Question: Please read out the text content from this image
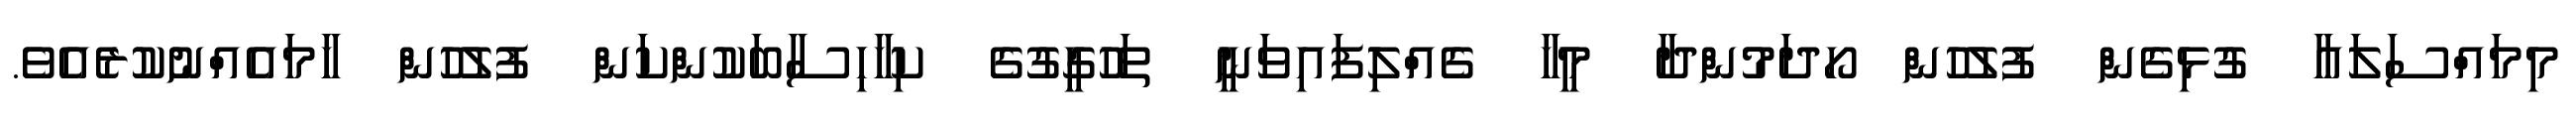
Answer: މިމައްސަލައާ ގުޅިގެން ފުލުހުން ހޯދަމުންދާ މީހާ ގެއްލިފައިވަނީ ތަހުގީގުގެ ކިހާހިސާބަކުންކަން ފުލުހުން ހާމައެއްނުކުރެއެވެ.